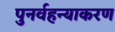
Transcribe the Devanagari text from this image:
पुनर्वहन्‍याकरण